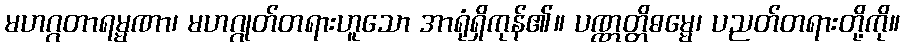
မဟဂ္ဂတာရမ္မဏာ၊ မဟဂ္ဂုတ်တရားဟူသော အာရုံရှိကုန်၏။ ပဏ္ဏတ္တိဓမ္မေ၊ ပညတ်တရားတို့ကို။